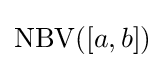
\operatorname {NBV} ([a,b])